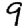
Digit: 9